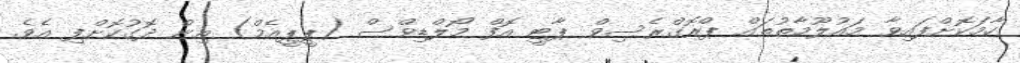
ހާމަކޮށްފައިވާ މައުލޫމާތުތައް ޕްރޮގްރެސިވް ޕާޓީ އޮފް މޯލްޑިވްސް (ޕީޕީއެމް) އިން ދޮގުކޮށްފި އެވެ.